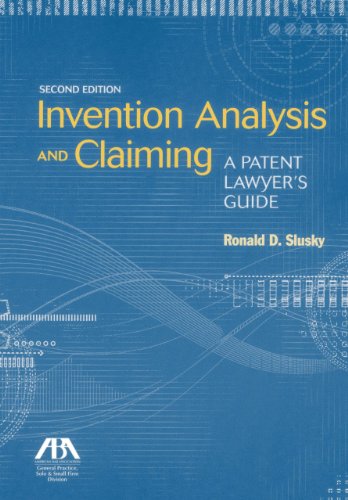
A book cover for Invention Analysis and Claiming: A Patent Lawyer's Guide; Ronald D. Slusky; Law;